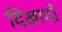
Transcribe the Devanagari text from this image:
दिखादो